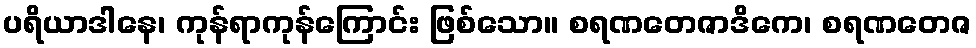
ပရိယာဒါနေ၊ ကုန်ရာကုန်ကြောင်း ဖြစ်သော။ စရဏတေဇာဒိကေ၊ စရဏတေဇ